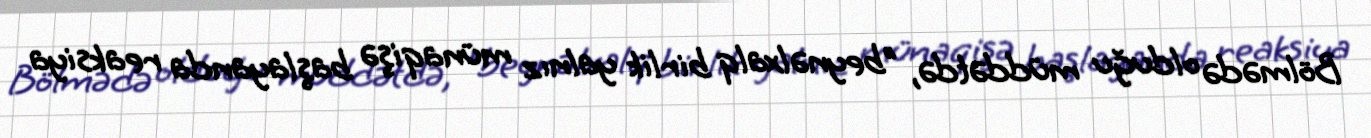
Bölmədə olduğu müddətdə, "beynəlxalq birlik yalnız münaqişə başlayanda reaksiya